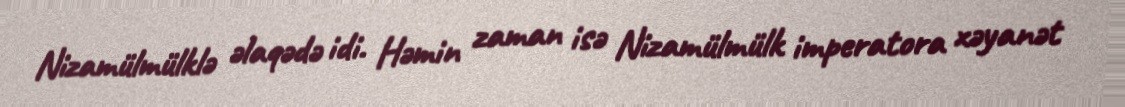
Nizamülmülklə əlaqədə idi. Həmin zaman isə Nizamülmülk imperatora xəyanət